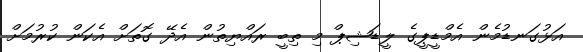
އަޅުގަނޑުމެން އެމްޑީޕީގެ ލީޑަޝިޕް މި ތިބީ ރައްޔިތުން އެދޭ ގޮތަށް އެކަން ކުރުމަށް